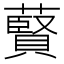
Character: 藖